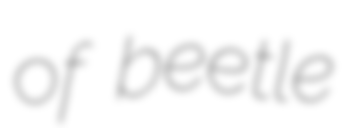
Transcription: of beetle